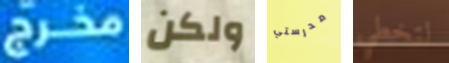
مخرج ولكن مدرستي لتخطي